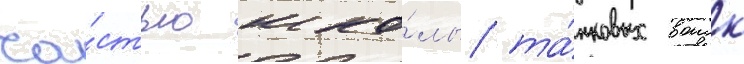
ча́стью шко́лы та́нковых воиск